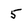
Character: 5